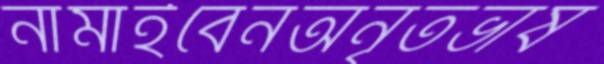
নামাইবেনঅনৃতভাষ